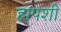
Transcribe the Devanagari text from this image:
हापशी